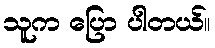
သူက ပြော ပါတယ်။